Annual administration report of the Civil Veterinary Department of India - 1892-1893
Year: 1892
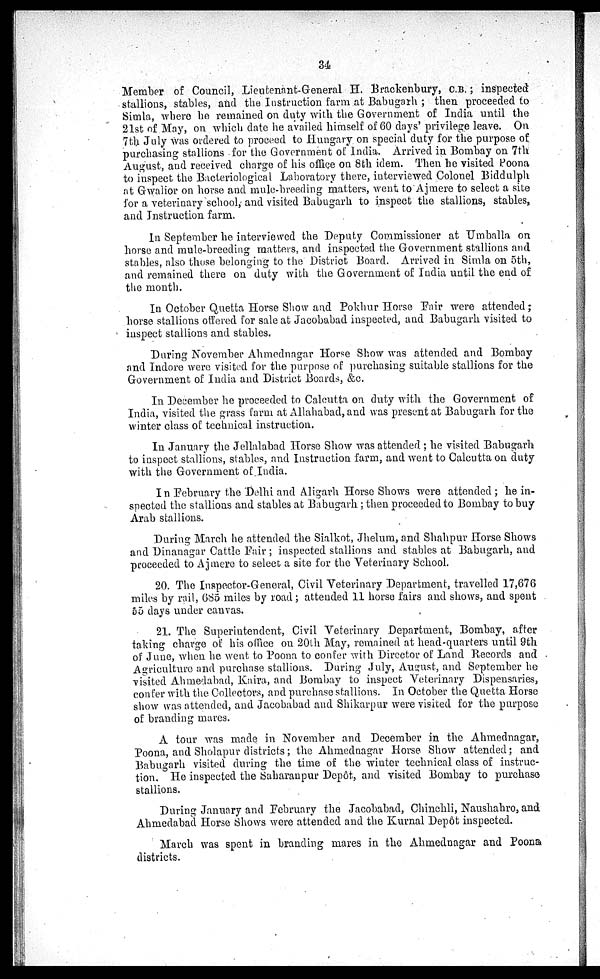
34
Member of Council, Lieutenant-General H. Brackenbury, C.B.; inspected
stallions, stables, and the Instruction farm at Babugarh; then proceeded to
Simla, where he remained on duty with the Government of India until the
21st of May, on which date he availed himself of 60 days' privilege leave. On
7th July was ordered to proceed to Hungary on special duty for the purpose of
purchasing stallions for the Government of India. Arrived in Bombay on 7th
August, and received charge of his office on 8th idem. Then he visited Poona
to inspect the Bacteriological Laboratory there, interviewed Colonel Biddulph
at Gwalior on horse and mule-breeding matters, went to Ajmere to select a site
for a veterinary school, and visited Babugarh to inspect the stallions, stables,
and Instruction farm.
In September he interviewed the Deputy Commissioner at Umballa on
horse and mule-breeding matters, and inspected the Government stallions and
stables, also those belonging to the District Board. Arrived in Simla on 5th,
and remained there on duty with the Government of India until the end of
the month.
In October Quetta Horse Show and Pokhur Horse Fair were attended;
horse stallions offered for sale at Jacobabad inspected, and Babugarh visited to
inspect stallions and stables.
During November Ahmednagar Horse Show was attended and Bombay
and Indore were visited for the purpose of purchasing suitable stallions for the
Government of India and District Boards, &c.
In December he proceeded to Calcutta on duty with the Government of
India, visited the grass farm at Allahabad, and was present at Babugarh for the
winter class of technical instruction.
In January the Jellalabad Horse Show was attended; he visited Babugarh
to inspect stallions, stables, and Instruction farm, and went to Calcutta on duty
with the Government of India.
In February the Delhi and Aligarh Horse Shows were attended; he in-
spected the stallions and stables at Babugarh; then proceeded to Bombay to buy
Arab stallions.
During March he attended the Sialkot, Jhelum, and Shahpur Horse Shows
and Dinanagar Cattle Fair; inspected stallions and stables at Babugarh, and
proceeded to Ajmere to select a site for the Veterinary School.
20. The Inspector-General, Civil Veterinary Department, travelled 17,676
miles by rail, 685 miles by road; attended 11 horse fairs and shows, and spent
55 days under canvas.
21. The Superintendent, Civil Veterinary Department, Bombay, after
taking charge of his office on 20th May, remained at head-quarters until 9th
of June, when he went to Poona to confer with Director of Land Records and
Agriculture and purchase stallions. During July, August, and September he
visited Ahmedabad, Kaira, and Bombay to inspect Veterinary Dispensaries,
confer with the Collectors, and purchase stallions. In October the Quetta Horse
show was attended, and Jacobabad and Shikarpur were visited for the purpose
of branding mares.
A tour was made in November and December in the Ahmednagar,
Poona, and Sholapur districts; the Ahmednagar Horse Show attended; and
Babugarh visited during the time of the winter technical class of instruc-
tion. He inspected the Saharanpur Depôt, and visited Bombay to purchase
stallions.
During January and February the Jacobabad, Chinchli, Naushahro, and
Ahmedabad Horse Shows were attended and the Kurnal Depôt inspected.
March was spent in branding mares in the Ahmednagar and Poona
districts.